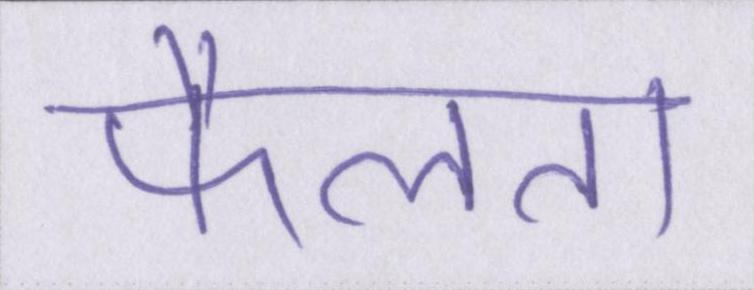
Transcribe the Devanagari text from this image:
फैलता